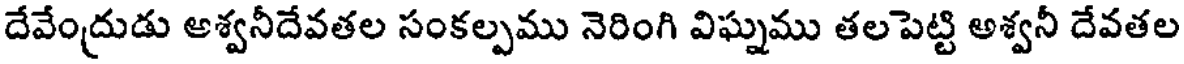
దేవేంద్రుడు అశ్వనీదేవతల సంకల్పము నెరింగి విఘ్నము తలపెట్టి అశ్వనీ దేవతల